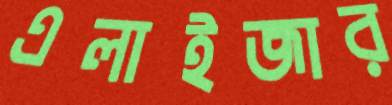
এলাইজার